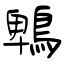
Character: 鵯